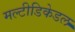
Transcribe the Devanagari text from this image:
मल्टीडिकेडल